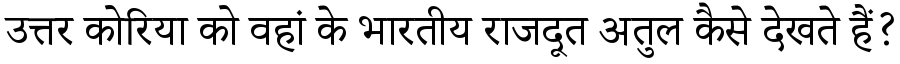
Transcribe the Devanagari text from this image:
उत्तर कोरिया को वहां के भारतीय राजदूत अतुल कैसे देखते हैं?